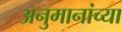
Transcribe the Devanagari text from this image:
अनुमानांच्या